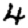
Digit: 4